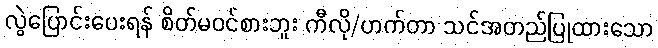
လွဲပြောင်းပေးရန် စိတ်မဝင်စားဘူး ကီလို/ဟက်တာ သင်အတည်ပြုထားသော